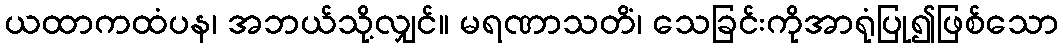
ယထာကထံပန၊ အဘယ်သို့လျှင်။ မရဏာသတိံ၊ သေခြင်းကိုအာရုံပြု၍ဖြစ်သော